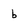
Character: b